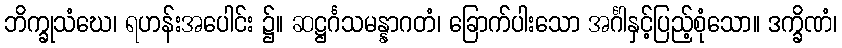
ဘိက္ခုသံဃေ၊ ရဟန်းအပေါင်း ၌။ ဆဋ္ဌင်္ဂသမန္နာဂတံ၊ ခြောက်ပါးသော အင်္ဂါနှင့်ပြည့်စုံသော။ ဒက္ခိဏံ၊